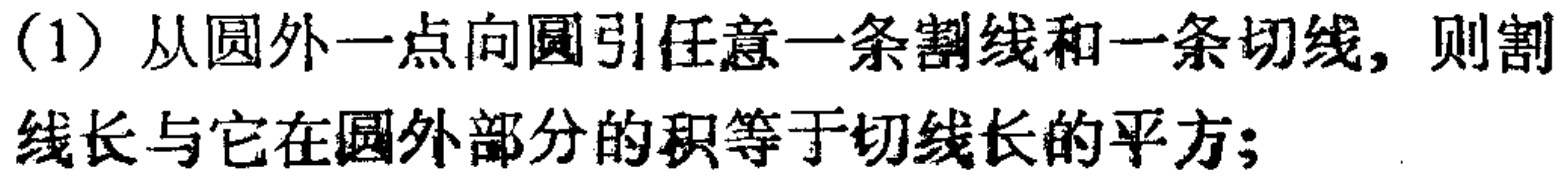
(1) 从圆外一点向圆引任意一条割线和一条切线，则割线长与它在圆外部分的积等于切线长的平方；